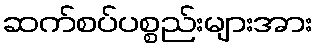
ဆက်စပ်ပစ္စည်းများအား